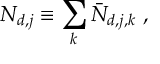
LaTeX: N _ { d , j } \equiv \sum _ { k } \bar { N } _ { d , j , k } \ ,